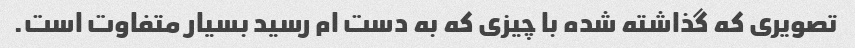
تصویری که گذاشته شده با چیزی که به دست ام رسید بسیار متفاوت است.